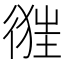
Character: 𢔷